Scottish Leaving Certificate Examination, 1961
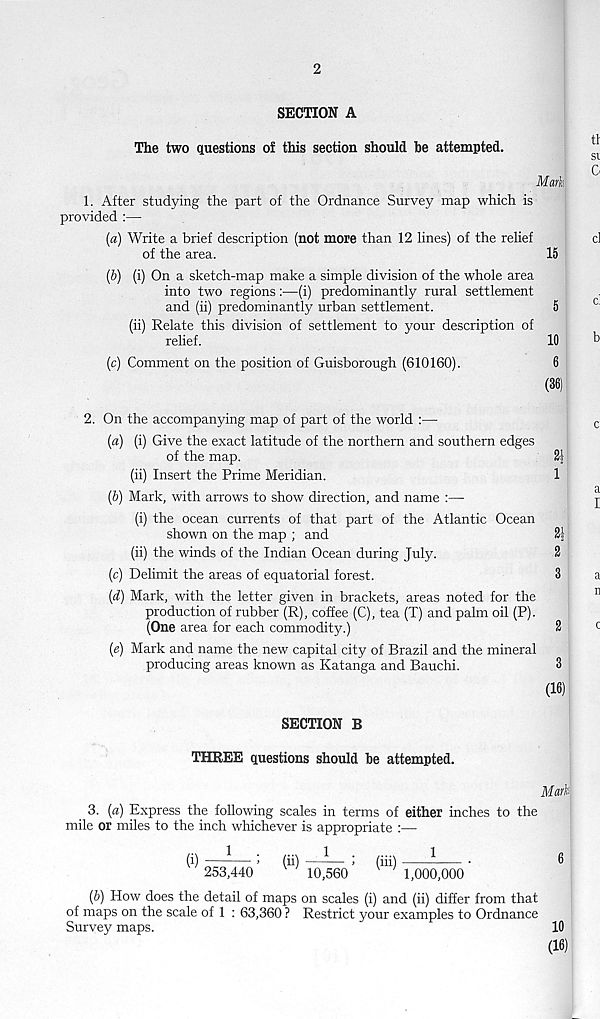
2
SECTION A
The two questions of this section should he attempted.
Mark
1. After studying the part of the Ordnance Survey map which is
provided :—
(a) Write a brief description (not more than 12 lines) of the relief
cl
of the area.
15
(b) (i) On a sketch-map make a simple division of the whole area
into two regions:—(i) predominantly rural settlement
and (ii) predominantly urban settlement.
5
(ii) Relate this division of settlement to your description of
relief.
10
b
(c) Comment on the position of Guisborough (610160).
6
(36)
2. On the accompanying map of part of the world :—
c
(a) (i) Give the exact latitude of the northern and southern edges
of the map.
2|
(ii) Insert the Prime Meridian.
1
(b) Mark, with arrows to show direction, and name :—
^
(i) the ocean currents of that part of the Atlantic Ocean
shown on the map ; and
(ii) the winds of the Indian Ocean during July.
2
(c) Delimit the areas of equatorial forest.
3
a
(d) Mark, with the letter given in brackets, areas noted for the
production of rubber (R), coffee (C), tea (T) and palm oil (P).
(One area for each commodity.)
2
c
(e) Mark and name the new capital city of Brazil and the mineral
producing areas known as Katanga and Bauchi.
3
(16)
SECTION B
THREE questions should he attempted.
Mark
3. (a) Express the following scales in terms of either inches to the
mile or miles to the inch whichever is appropriate :—-
(i)
> (ii) —-— J (iii)
•
6
253,440
10,560
1,000,000
(6) How does the detail of maps on scales (i) and (ii) differ from that
of maps on the scale of 1 : 63,360 ? Restrict your examples to Ordnance
Survey maps.
10
(16)